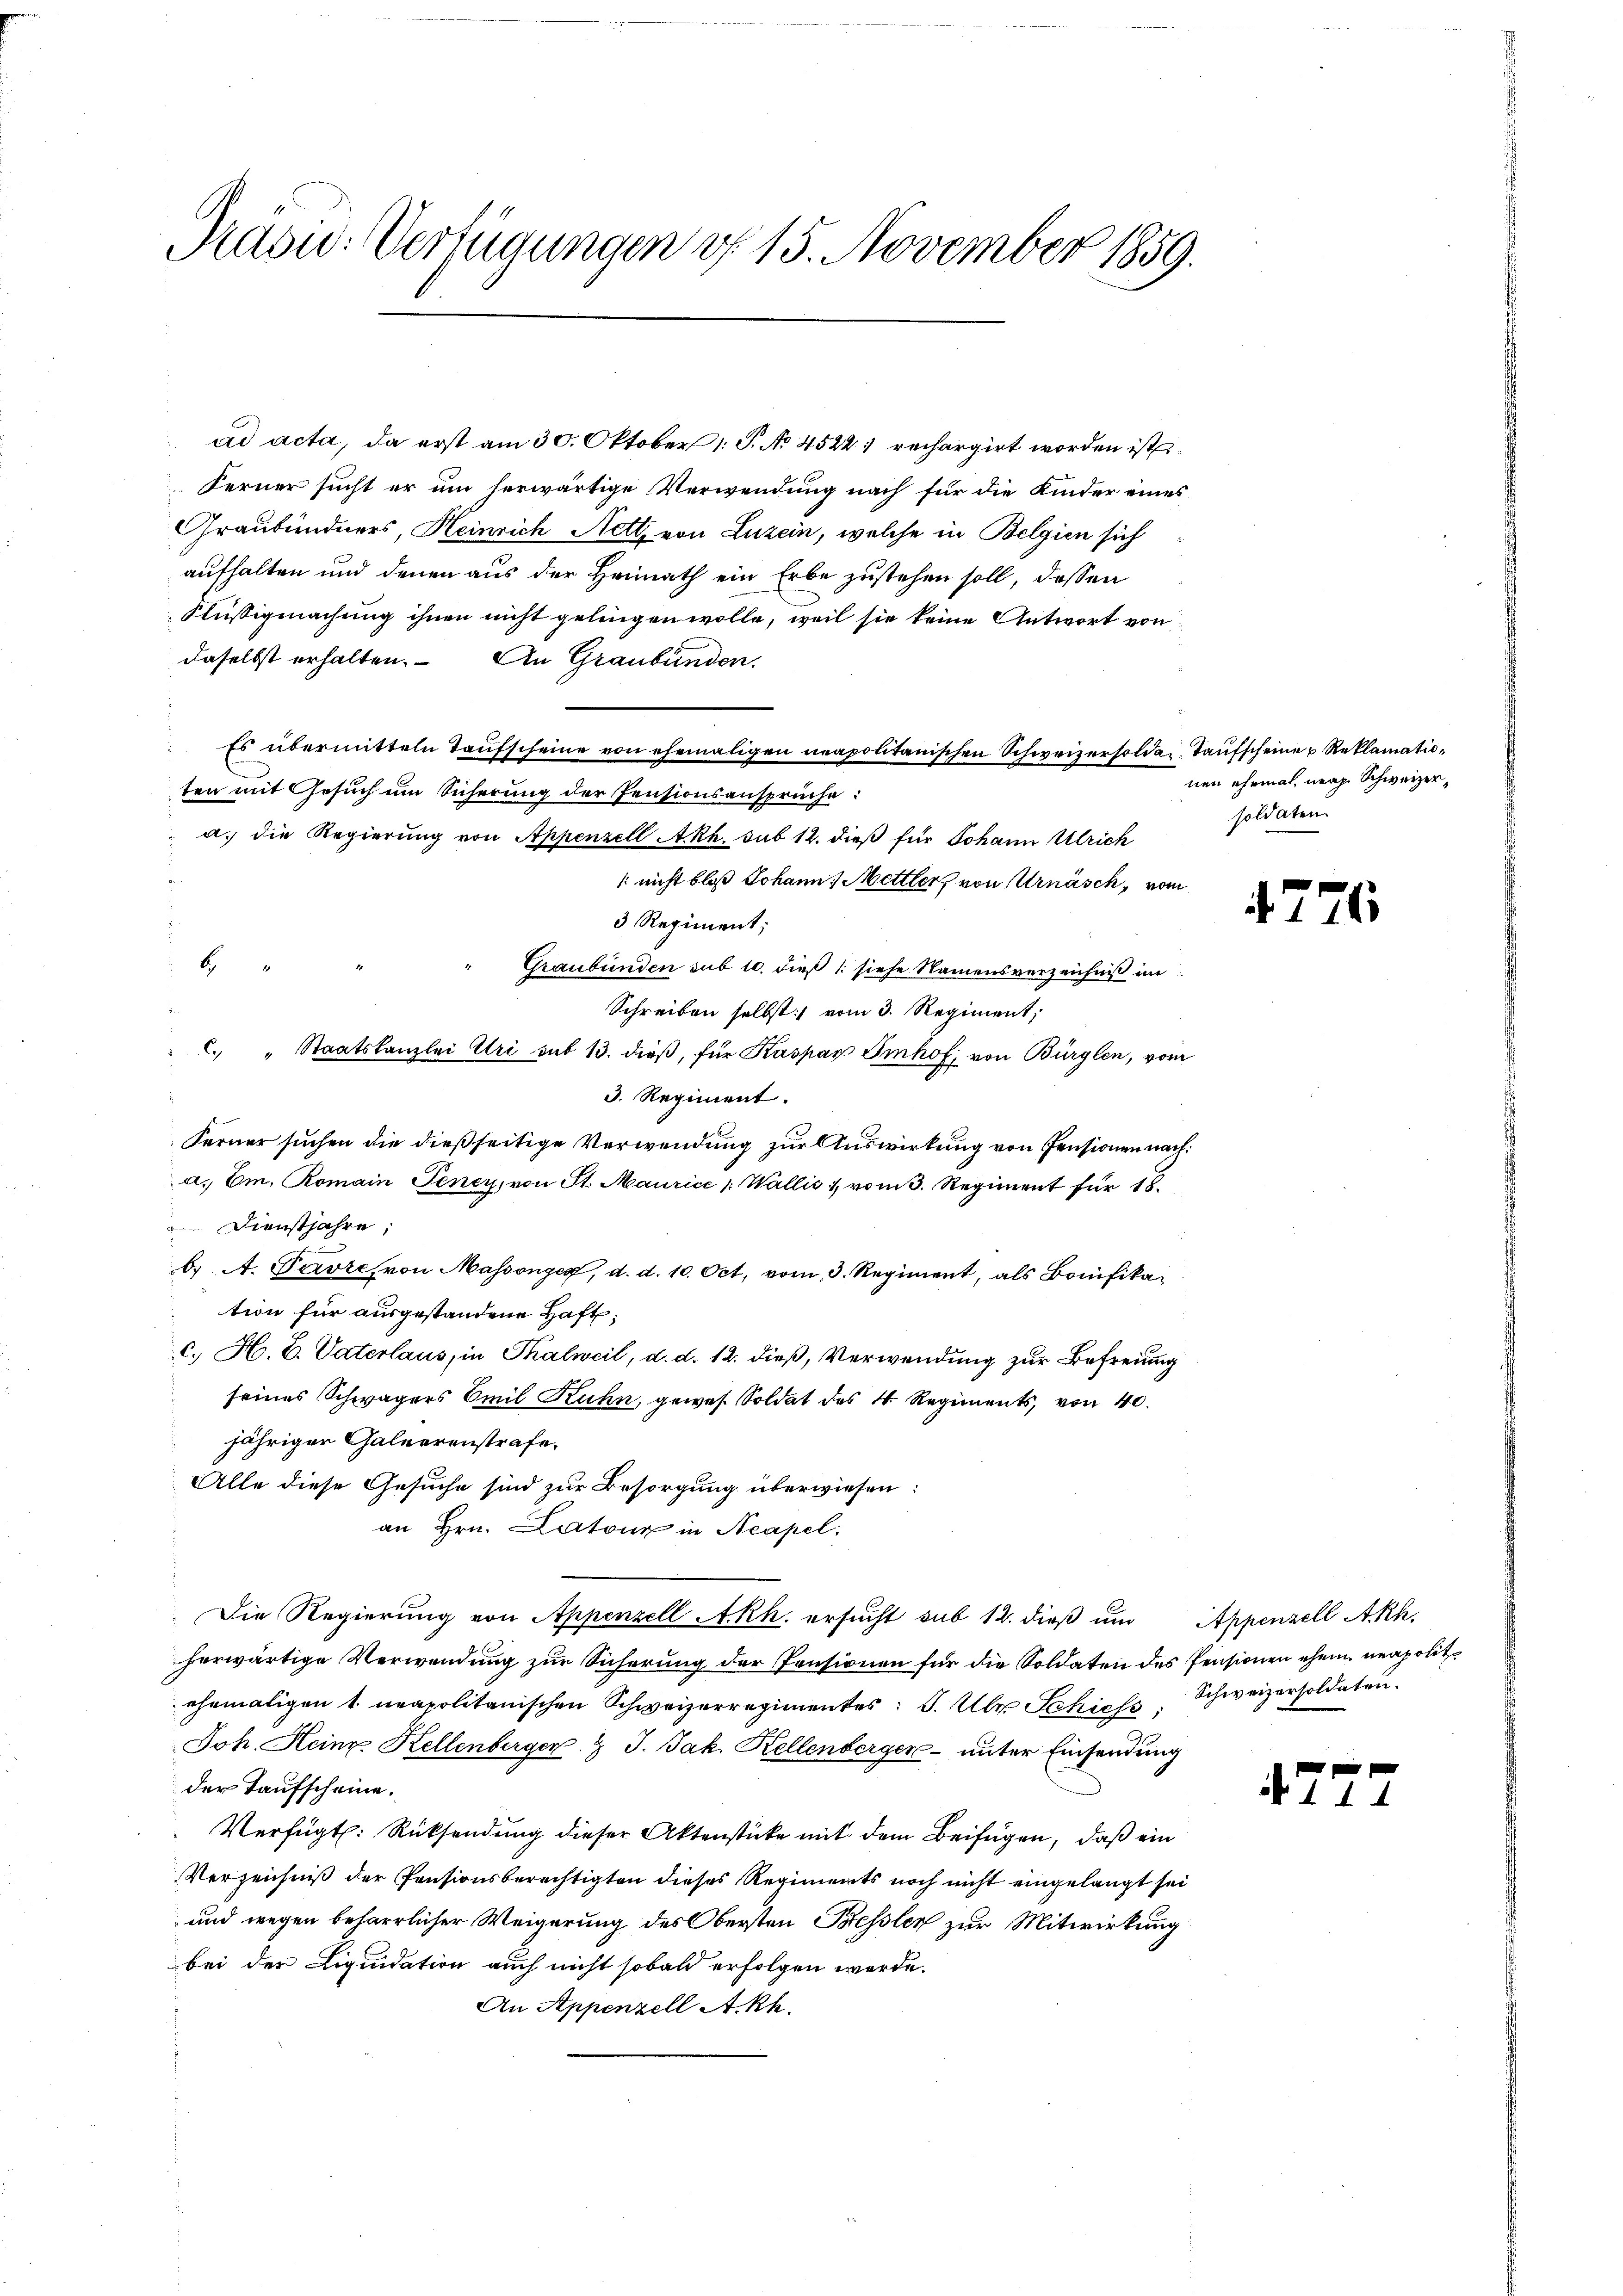
Präsu: Verfügungen d. 15. November 1859.

ad acta, da erst am 30. Oktober 1 S. No 4522; rechargirt worden ist.
Ferner sucht er um herwärtige Verwendung nach für die Kinder eines
Graubündners, Heinrich Aett. von Luzern, welche in Belgien sich
aufhalten und denen aus der Heimath ein Erbe zustehen soll, dassen
Flüssigmachung ihnen nicht gelingen wolle, weil sie keine Antwort von
daselbst erhalten. An Graubünden.
Es übermitteln Taufscheine von ehemaligen neapolitanischen Schweizersolde, Taufscheiner Reklamatioten mit Gesuch um Sicherung der Pensionsansprüche:
a. die Regierung von Appenzell Akh. sub 12. dieß für Johann Ulrich
 nicht bloß Johann, Mettler, von Urnäsch, vom
3 Regiment;
Graubünden sub 10. dieß (: siehe Namensverzeichniß im
Schreiben selbst vom 3. Regiment,
 " Staatskanzlei Uri sub 13. dieß, für Kaspar Imhof, von Bürglen, vom
3. Regiment.
Ferner suchen die dießseitige Verwendung zur Auswirkung von Pensionen nach
a. Em. Romain Teney, von St. Maurice " Wallis & vom 3. Regiment für 18
Dienstjahre;
b A. Pavre, von Massonges, d. d. 10. Oct. vom 3. Regiment, als Bonifikation für ausgestandene Haft;
c. H. B. Vaterlaus, in Thalweil, d. d. 12. dieß, Verwendung zur Befreiung
seines Schwägers Emil Kuhn, gewes. Soldat des 4. Regiments, von 40.
jähriger Galeerenstrafe.
Alle diese Gesuche sind zur Besorgung überwiesen:
an Hrn. Latour in Neapel
Die Regierung von Appenzell Akk. ersucht sub 12. dieß um Appenzell Akk.
herwärtige Verwendung zur Sicherung der Pensionen für die Soldaten des Pensionen ehem neapolit
ehemaligen 1. neapolitanischen Schweizerregimentes: P. Uber Schichs. Schweizersoldaten.
Joh. Heine Kellenberger & J. Jak. Kellenberger- unter Einsendung
der Taufscheine.
Verfügt. Rücksendung dieser Aktenstücke mit dem Beifügen, daß ein
Verzeichniß der Pensionsberechtigten dieses Regiments noch nicht eingelangt sei
und wegen beharrlicher Weigerung des Obersten Bessler zur Mitwirkung
bei der Liquidation auch nicht sobald erfolgen werde.
An Appenzell A.Rh.

b

nen ehemal, nach Schweizer,
soldaten

e

47

6